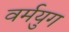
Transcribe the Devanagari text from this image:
वर्मयुग